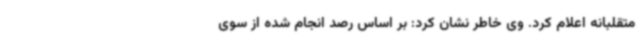
متقلبانه اعلام کرد. وی خاطر نشان کرد: بر اساس رصد انجام شده از سوی